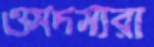
ওসদস্যরা